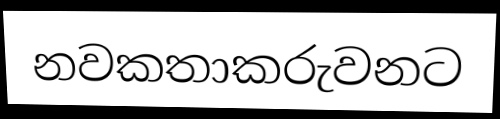
නවකතාකරුවනට